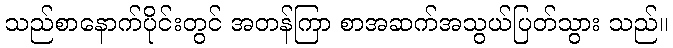
သည်စာနောက်ပိုင်းတွင် အတန်ကြာ စာအဆက်အသွယ်ပြတ်သွား သည်။